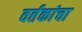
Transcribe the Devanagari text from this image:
वर्तकांचा